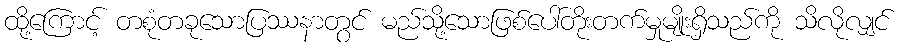
ထို့ကြောင့် တစုံတခုသောပြဿနာတွင် မည်သို့သောဖြစ်ပေါ်တိုးတက်မှုမျိုးရှိသည်ကို သိလိုလျှင်